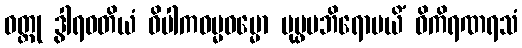
ဝတ္တု ဒွါရဝတိယံ ဝိပါကဓမ္မဓမ္မော ပုပ္ဖမဘိရောပယိံ ဝိကိရဏရသံ